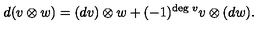
d ( v \otimes w ) = ( d v ) \otimes w + ( - 1 ) ^ { \mathrm { \tiny d e g \ } v } v \otimes ( d w ) .